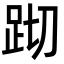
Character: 䟙